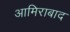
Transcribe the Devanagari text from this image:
आमिराबाद